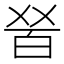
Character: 𤽠